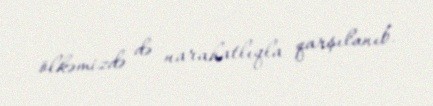
ölkəmizdə də narahatlıqla qarşılanıb.